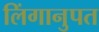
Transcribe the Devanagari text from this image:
लिंगानुपत